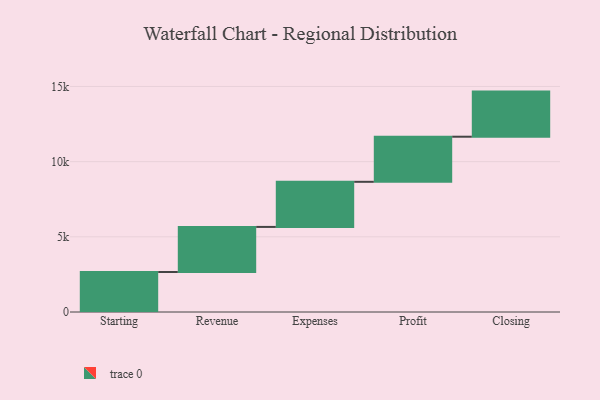
{"axis": {"x": "Step", "y": "Value"}, "legend": [""], "data": [{"x": "Starting", "y": 2659.0, "type": ""}, {"x": "Revenue", "y": 3000, "type": ""}, {"x": "Expenses", "y": 3000, "type": ""}, {"x": "Profit", "y": 3000, "type": ""}, {"x": "Closing", "y": 3000, "type": ""}]}